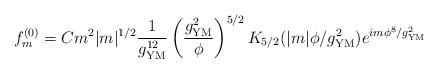
LaTeX: \begin{align*}f^{(0)}_m = C m^2 |m|^{1/2} \frac{1}{g_{\rm YM}^{12}} \left( \frac{g_{\rm YM}^2}{\phi} \right)^{5/2} K_{5/2} (|m| \phi / g_{\rm YM}^2) e^{i m \phi^8 /g_{\rm YM}^2 }\end{align*}